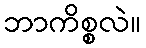
ဘာကိစ္စလဲ။